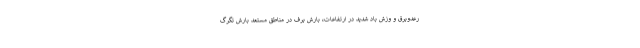
رعدوبرق و وزش باد شدید در ارتفاعات، بارش برف در مناطق مستعد بارش تگرگ